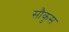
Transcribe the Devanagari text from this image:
सौकुस